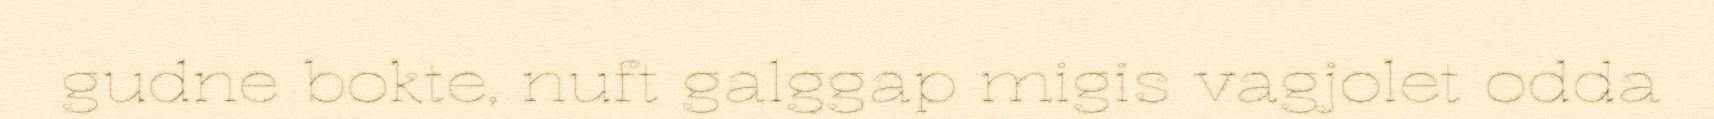
gudne bokte, nuft galggap migis vagjolet odda